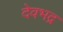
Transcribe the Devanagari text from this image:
देवभद्र